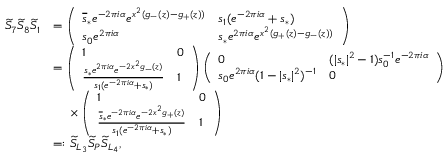
\begin{array} { r l } { \widetilde { S } _ { 7 } \widetilde { S } _ { 8 } \widetilde { S } _ { 1 } } & { = \left( \begin{array} { l l } { \overline { { s } } _ { * } e ^ { - 2 \pi i \alpha } e ^ { x ^ { 2 } ( g _ { - } ( z ) - g _ { + } ( z ) ) } } & { s _ { 1 } ( e ^ { - 2 \pi i \alpha } + s _ { * } ) } \\ { s _ { 0 } e ^ { 2 \pi i \alpha } } & { s _ { * } e ^ { 2 \pi i \alpha } e ^ { x ^ { 2 } ( g _ { + } ( z ) - g _ { - } ( z ) ) } } \end{array} \right) } \\ & { = \left( \begin{array} { l l } { 1 } & { 0 } \\ { \frac { s _ { * } e ^ { 2 \pi i \alpha } e ^ { - 2 x ^ { 2 } g _ { - } ( z ) } } { s _ { 1 } ( e ^ { - 2 \pi i \alpha } + s _ { * } ) } } & { 1 } \end{array} \right) \left( \begin{array} { l l } { 0 } & { ( | s _ { * } | ^ { 2 } - 1 ) s _ { 0 } ^ { - 1 } e ^ { - 2 \pi i \alpha } } \\ { s _ { 0 } e ^ { 2 \pi i \alpha } ( 1 - | s _ { * } | ^ { 2 } ) ^ { - 1 } } & { 0 } \end{array} \right) } \\ & { ~ ~ ~ ~ \times \left( \begin{array} { l l } { 1 } & { 0 } \\ { \frac { \overline { { s } } _ { * } e ^ { - 2 \pi i \alpha } e ^ { - 2 x ^ { 2 } g _ { + } ( z ) } } { s _ { 1 } ( e ^ { - 2 \pi i \alpha } + s _ { * } ) } } & { 1 } \end{array} \right) } \\ & { = : \widetilde { S } _ { L _ { 3 } } \widetilde { S } _ { P } \widetilde { S } _ { L _ { 4 } } , } \end{array}